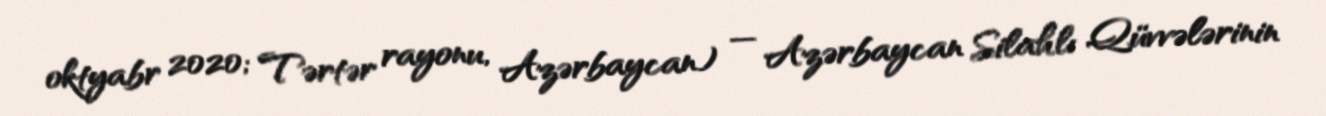
oktyabr 2020; Tərtər rayonu, Azərbaycan) — Azərbaycan Silahlı Qüvvələrinin